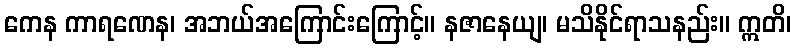
ကေန ကာရဏေန၊ အဘယ်အကြောင်းကြောင့်။ နဇာနေယျ၊ မသိနိုင်ရာသနည်း။ ဣတိ၊